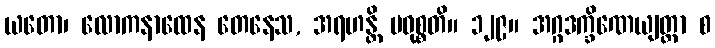
ယတော၊ လောကနာထေန တေနေသ, အရဟန္တိ ပဝုစ္စတိ။ ၁၂၉။ အဂ္ဂဒက္ခိဏေယျတ္တာ စ